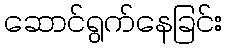
ဆောင်ရွက်နေခြင်း